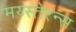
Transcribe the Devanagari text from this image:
मय्स्तेरन्स